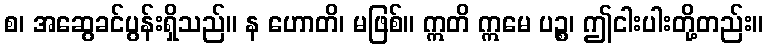
စ၊ အဆွေခင်ပွန်းရှိသည်။ န ဟောတိ၊ မဖြစ်။ ဣတိ ဣမေ ပဉ္စ၊ ဤငါးပါးတို့တည်း။